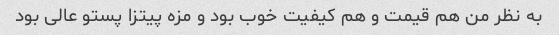
به نظر من هم قیمت و هم کیفیت خوب بود و مزه پیتزا پستو عالی بود